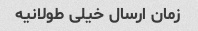
زمان ارسال خیلی طولانیه